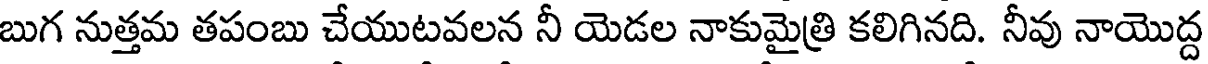
బుగ నుత్తమ తపంబు చేయుటవలన నీ యెడల నాకుమైత్రి కలిగినది. నీవు నాయొద్ద